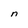
Character: n